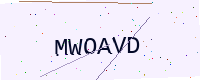
Text: MWOAVD